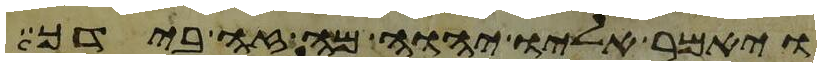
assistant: ויאמר אליו יהוה מה זה בידך